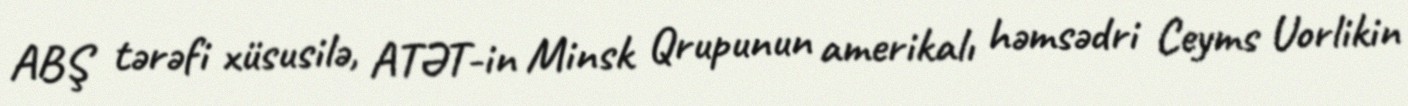
ABŞ tərəfi xüsusilə, ATƏT-in Minsk Qrupunun amerikalı həmsədri Ceyms Uorlikin